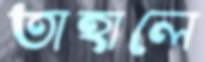
তাহালে